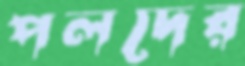
পলদের